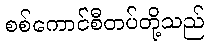
စစ်ကောင်စီတပ်တို့သည်